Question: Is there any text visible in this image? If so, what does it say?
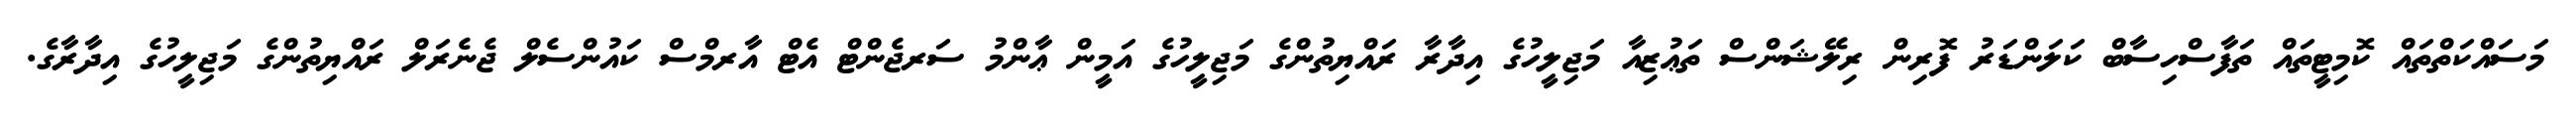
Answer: މަސައްކަތްތައް ކޮމިޓީތައް ތަފާސްހިސާބް ކަލަންޑަރު ފޮރިން ރިލޭޝަންސް ތަޢުޒިއާ މަޖިލީހުގެ އިދާރާ ރައްޔިތުންގެ މަޖިލީހުގެ އަމީން ޢާންމު ސަރޖެންޓް އެޓް އާރމްސް ކައުންސެލް ޖެނެރަލް ރައްޔިތުންގެ މަޖިލީހުގެ އިދާރާގެ.